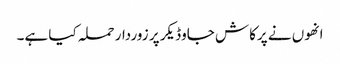
انھوں نے پرکاش جاوڈیکر پر زوردار حملہ کیا ہے۔